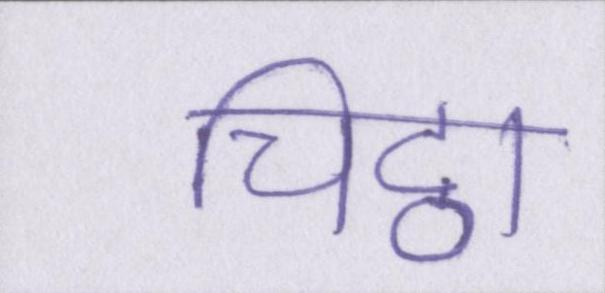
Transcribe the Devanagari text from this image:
चिट्ठा